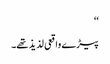
‘‘
پیڑے واقعی لذیذ تھے۔